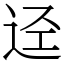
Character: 迳